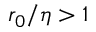
r _ { 0 } / \eta > 1